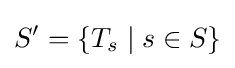
S'=\{T_{s}\mid s\in S\}